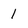
Character: l